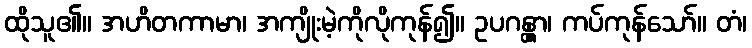
ထိုသူ၏။ အဟိတကာမာ၊ အကျိုးမဲ့ကိုလိုကုန်၍။ ဥပဂန္တွာ၊ ကပ်ကုန်သော်။ တံ၊